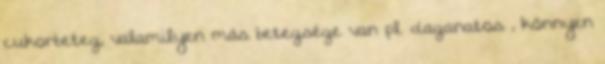
cukorbeteg, valamilyen más betegsége van pl. daganatos , könnyen